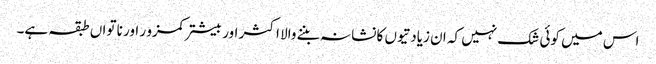
اس میں کوئی شک نہیں کہ ان زیادتیوں کا نشانہ بننے والا اکثر اور بیشتر کمزو ر اور نا تواں طبقہ ہے۔